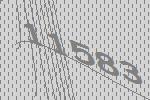
11583